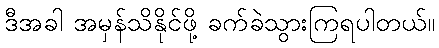
ဒီအခါ အမှန်သိနိုင်ဖို့ ခက်ခဲသွားကြရပါတယ်။